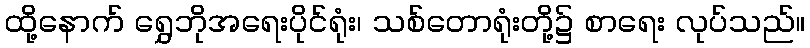
ထို့နောက် ရွှေဘိုအရေးပိုင်ရုံး၊ သစ်တောရုံးတို့၌ စာရေး လုပ်သည်။